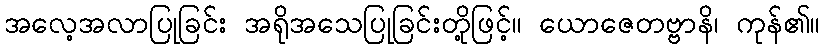
အလေ့အလာပြုခြင်း အရိုအသေပြုခြင်းတို့ဖြင့်။ ယောဇေတဗ္ဗာနိ၊ ကုန်၏။